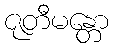
ဇုတီမန္တော